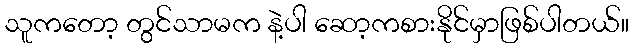
သူကတော့ တွင်သာမက နဲ့ပါ ဆော့ကစားနိုင်မှာဖြစ်ပါတယ်။